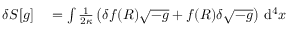
\begin{array} { r l } { \delta S [ g ] } & { { } = \int { \frac { 1 } { 2 \kappa } } \left( \delta f ( R ) { \sqrt { - g } } + f ( R ) \delta { \sqrt { - g } } \right) \, \mathrm { d } ^ { 4 } x } \end{array}